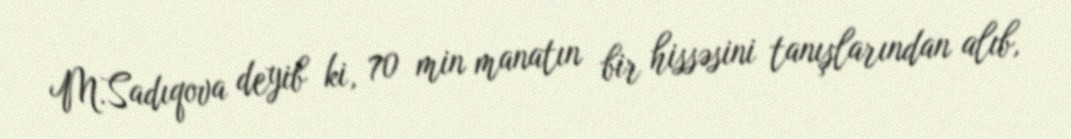
M.Sadıqova deyib ki, 70 min manatın bir hissəsini tanışlarından alıb,